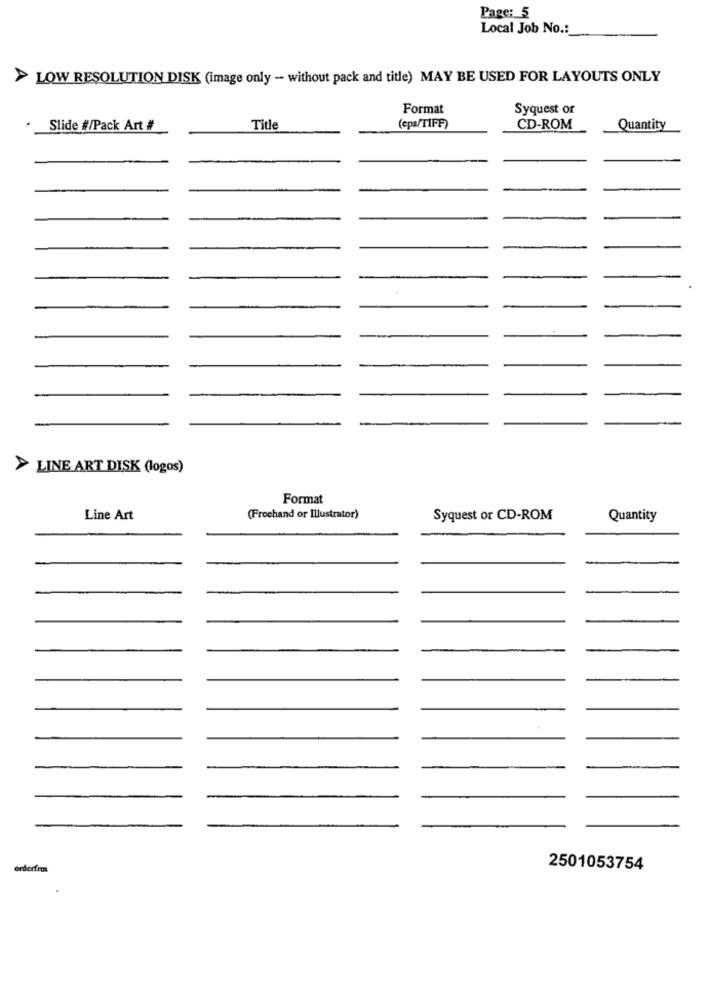
Page: 5
Local Job No .:
>LOW RESOLUTION DISK (image only - without pack and title) MAY BE USED FOR LAYOUTS ONLY
Format
Syquest or
Slide #/Pack Art #
Title
(eps/TIFF)
CD-ROM
Quantity
> LINE ART DISK (logos)
Format
Line Art
(Freehand or Illustrator)
Syquest or CD-ROM
Quantity
orderfirma
2501053754